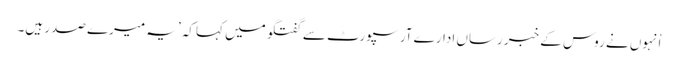
اْنہوں نے روس کے خبر رساں ادارے آر سپورٹ سے گفتگو میں کہا کہ ’یہ میرے صدر ہیں۔